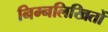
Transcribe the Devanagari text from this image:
निम्नलिखितों